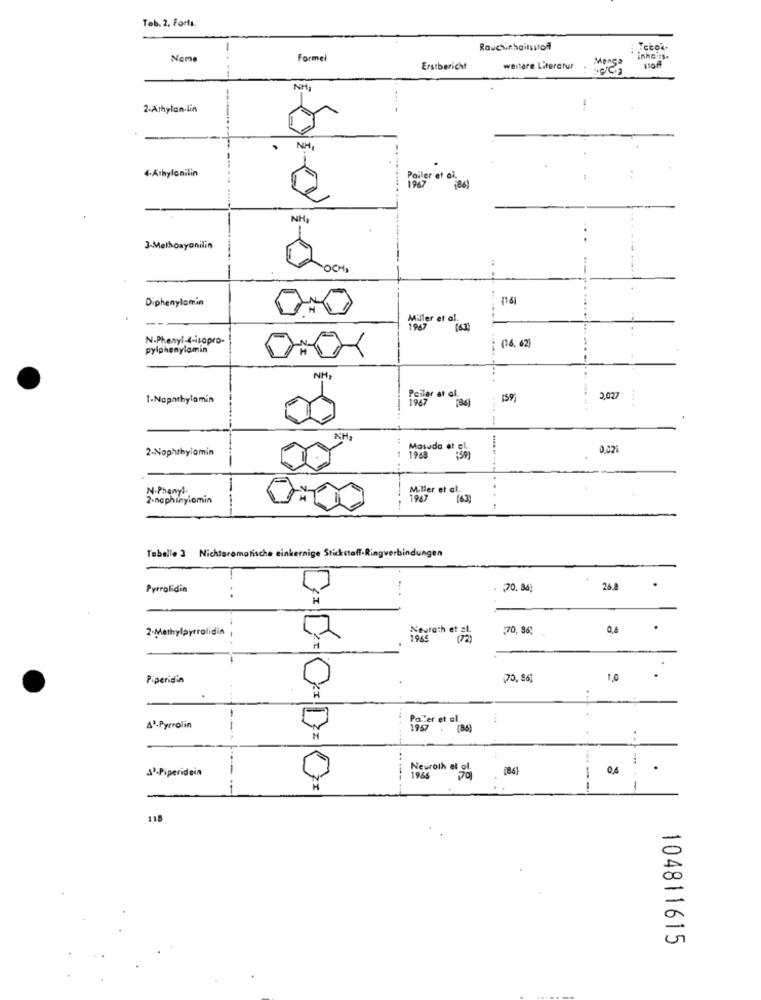
Tob. 2. Forts.
Rauchinhaltsstoff
Ncm
Formel
Erstbericht
weitere Literatur . es
NM
2-Athylan-lin
NH
4-Athylonilin
Poiler et
1967
(86]
NH.
3-Methoxyonilin
OCH
Diphenylamin
Miller et al.
1947
N.Phenyl-4-isopro-
pylphenylamin
(96.62)
1
NH
--
1-Napathylamin
Petter et al.
(36) : 159
3,027
2-Nophthylamin
0.025
1968
Mosuda of 55
N-Phenyl.
Miller et al.
2-nophinylomin
Tabelle 3 Nichtaromatische einkernige Stickstoff-Ringverbindungen
Pyrrolidin
1
70. 84)
26.8
.
. .
2-Methylpyrrolidin
70, 96,
0,6
Neutoch et al
1945
Piperidin
0
70, 36]
1,0
.
. .
Pater et al.
4
4'-Pyrrolin
CD CD=
33-Piperidein
Neuroth at ol
0,6
.
1966
1
118
104811615